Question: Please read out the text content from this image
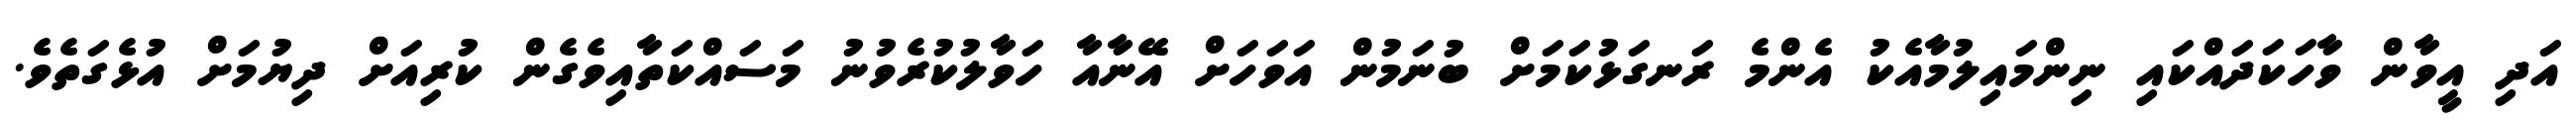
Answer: އަދި އީވާން ވާހަކަދައްކައި ނިންމައިލުމާއެކު އެންމެ ރަނގަޅުކަމަށް ބުނަމުން އަވަހަށް އޭނާއާ ހަވާލުކުރެވުނު މަސައްކަތާއިވެގެން ކުރިއަށް ދިޔުމަށް އުޅެގަތެވެ.